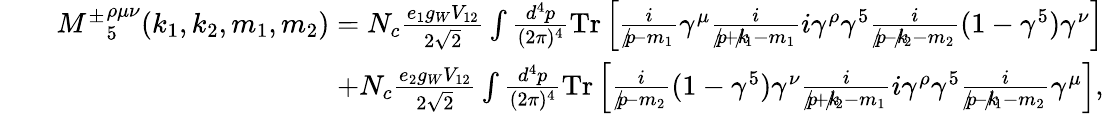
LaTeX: \begin{array}{rlr}&{}&{{M^{\pm}}_{5}^{\rho\mu\nu}(k_{1},k_{2},m_{1},m_{2})=N_{c}\frac{e_{1}g_{W}V_{12}}{2\sqrt{2}}\int\frac{d^{4}p}{(2\pi)^{4}}\mathrm{{Tr}}\left[\frac{i}{p\! \! \! /-m_{1}}\gamma^{\mu}\frac{i}{p\! \! \! /+k\! \! \! /_{1}-m_{1}}i\gamma^{\rho}\gamma^{5}\frac{i}{p\! \! \! /-k\! \! \! /_{2}-m_{2}}(1-\gamma^{5})\gamma^{\nu}\right]}\\ &{}&{+N_{c}\frac{e_{2}g_{W}V_{12}}{2\sqrt{2}}\int\frac{d^{4}p}{(2\pi)^{4}}{\mathrm{Tr}}\left[\frac{i}{p\! \! \! /-m_{2}}(1-\gamma^{5})\gamma^{\nu}\frac{i}{p\! \! \! /+k\! \! \! /_{2}-m_{1}}i\gamma^{\rho}\gamma^{5}\frac{i}{p\! \! \! /-k\! \! \! /_{1}-m_{2}}\gamma^{\mu}\right],}\end{array}